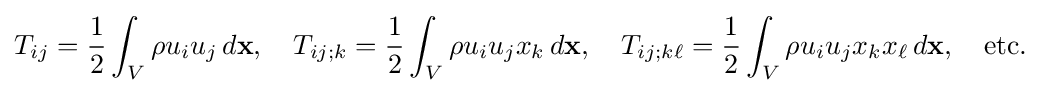
T_{ij}={\frac {1}{2}}\int _{V}\rho u_{i}u_{j}\,d\mathbf {x} ,\quad T_{ij;k}={\frac {1}{2}}\int _{V}\rho u_{i}u_{j}x_{k}\,d\mathbf {x} ,\quad T_{ij;k\ell }={\frac {1}{2}}\int _{V}\rho u_{i}u_{j}x_{k}x_{\ell }\,d\mathbf {x} ,\quad \mathrm {etc.}